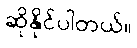
ဆိုနိုင်ပါတယ်။